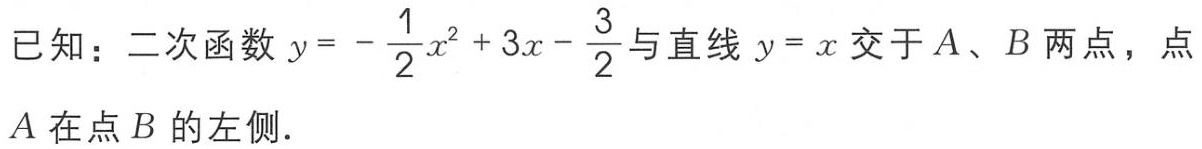
已知：二次函数\(y = -\frac{1}{2}x^{2}+3x - \frac{3}{2}\)与直线\(y = x\)交于\(A\)、\(B\)两点，点\(A\)在点\(B\)的左侧.